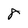
Character: 8